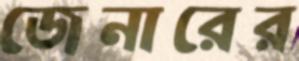
জেনারের